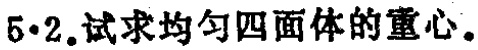
$5\cdot2$.试求均匀四面体的重心。